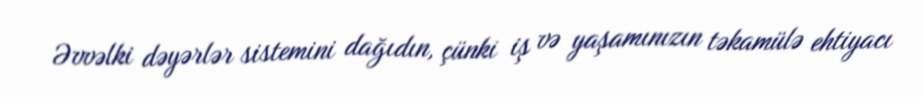
Əvvəlki dəyərlər sistemini dağıdın, çünki iş və yaşamınızın təkamülə ehtiyacı